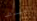
اعيدها